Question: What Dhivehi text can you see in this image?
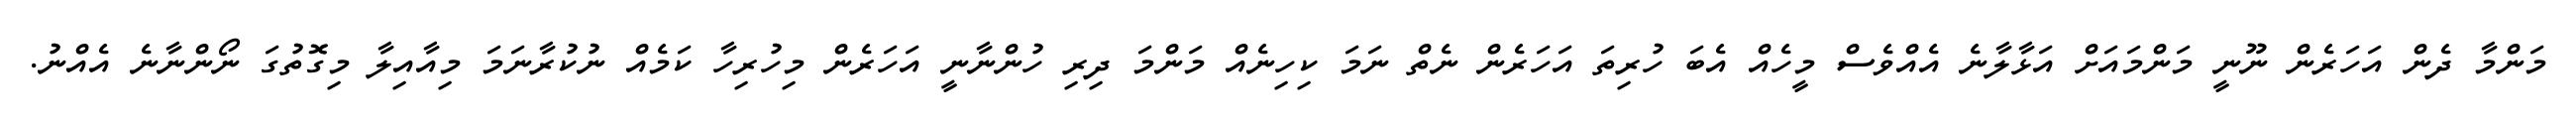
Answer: މަންމާ ދެން އަހަރެން ނޫނީ މަންމައަށް އަޅާލާނެ އެއްވެސް މީހެއް އެބަ ހުރިތަ އަހަރެން ނެތް ނަމަ ކިހިނެއް މަންމަ ދިރި ހުންނާނީ އަހަރެން މިހުރިހާ ކަމެއް ނުކުރާނަމަ މިއާއިލާ މިގޮތުގަ ނޯންނާނެ އެއްނު.